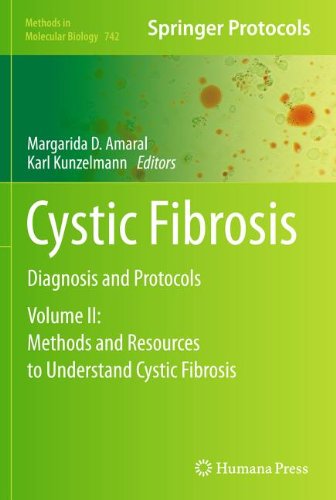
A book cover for Cystic Fibrosis: Diagnosis and Protocols, Volume II: Methods and Resources to Understand Cystic Fibrosis (Methods in Molecular Biology); Health, Fitness & Dieting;